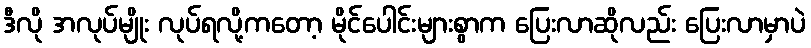
ဒီလို အလုပ်မျိုး လုပ်ရလို့ကတော့ မိုင်ပေါင်းများစွာက ပြေးလာဆိုလည်း ပြေးလာမှာပဲ